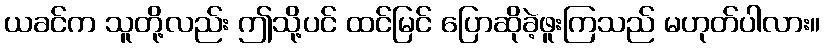
ယခင်က သူတို့လည်း ဤသို့ပင် ထင်မြင် ပြောဆိုခဲ့ဖူးကြသည် မဟုတ်ပါလား။